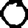
Digit: 0